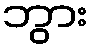
ဘွား